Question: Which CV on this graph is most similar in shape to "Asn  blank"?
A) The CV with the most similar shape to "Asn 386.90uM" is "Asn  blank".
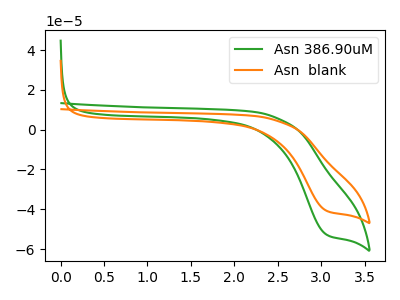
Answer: <think>The green curve "Asn 386.90uM" has a cathodic peak at: (3.05V, -52.60uA). The orange curve "Asn  blank" has a cathodic peak at: (3.05V, -40.65uA).
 All the peaks in "Asn 386.90uM" have a peak in "Asn  blank" at the same potential. Every peak in "Asn 386.90uM" is higher than every peak in "Asn  blank".</think>
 <answer>A) The CV with the most similar shape to "Asn 386.90uM" is "Asn  blank".</answer>
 <eval>A</eval>